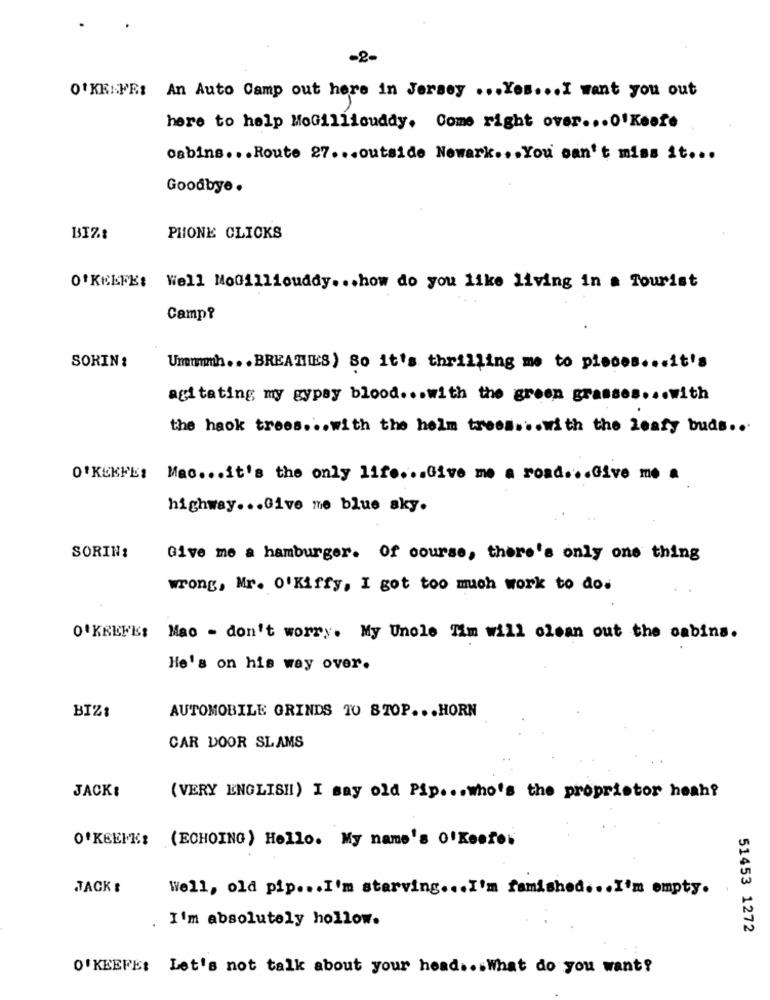
-2-
O'KEEFE: An Auto Camp out here in Jersey ... Yes ... I want you out
here to help MoGilliouddy. Come right over ... O'Keefe
cabins ... Route 27 ... outside Newark ... You can't miss it ...
Goodbye .
BIZ .:
PHONE CLICKS
O'KEEFE: Well MoGilliouddy ... how do you like living in a Tourist
...
..
Camp?
SORIN :
Ummmmh ... BREATHES) So it's thrilling me to pieces ... it's
agitating my gypsy blood ... with the green grasses ... with
the haok trees ... with the helm trees ... with the leafy buds ..
O'KEEFE: Mac ... it's the only 11f .... Give me a road ... Give me a
highway ... Give me blue sky.
SORIN:
Give me a hamburger. Of course, there's only one thing
wrong, Mr. 0'Kiffy, I got too much work to do.
O'KEEFE: Mac - don't worry. My Uncle Tim will clean out the cabins.
He's on his way over.
AUTOMOBILE GRINDS TO STOP ... HORN
BIZI
CAR DOOR SLAMS
JACK:
(VERY ENGLISH) I say old Pip ... who's the proprietor heah?
O'KEEFE:
(ECHOING ) Hello. My name's O' Keefes
JACK &
Well, old pip ... I'm starving ... I'm famished ... I'm empty.
I'm absolutely hollow.
51453 1272
O'KEEFE: Let's not talk about your head ... What do you want?